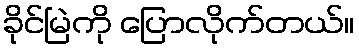
ခိုင်မြဲကို ပြောလိုက်တယ်။